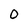
Character: 0